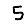
Digit: 5